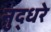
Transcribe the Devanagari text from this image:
नुद्धरे